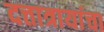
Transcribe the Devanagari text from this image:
दत्तात्रायांचा